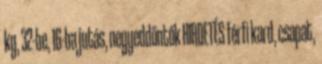
kg, 32-be, 16-ba jutás, negyeddöntők HIRDETÉS férfi kard, csapat,